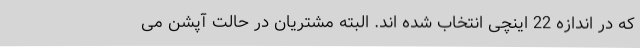
که در اندازه 22 اینچی انتخاب شده اند. البته مشتریان در حالت آپشن می